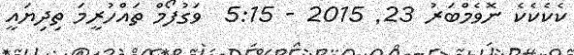
ކެކެކެކެެ ނޮވެމްބަރު 23